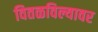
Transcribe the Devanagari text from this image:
वितळविल्यावर